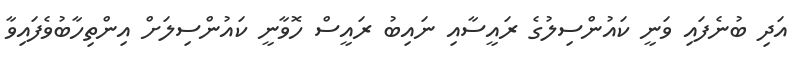
އަދި ބުނެފައި ވަނީ ކައުންސިލުގެ ރައީސާއި ނައިބު ރައީސް ހޮވާނީ ކައުންސިލަށް އިންތިހާބުވެފައިވާ